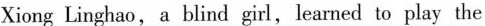
Xiong Linghao, a blind girl,learned to play the